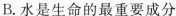
B.水是生命的最重要成分